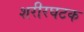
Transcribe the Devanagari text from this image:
शरीरघटक